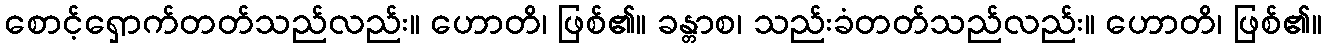
စောင့်ရှောက်တတ်သည်လည်း။ ဟောတိ၊ ဖြစ်၏။ ခန္တာစ၊ သည်းခံတတ်သည်လည်း။ ဟောတိ၊ ဖြစ်၏။